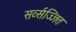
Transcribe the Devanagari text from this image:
सर्व्सज्जित